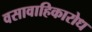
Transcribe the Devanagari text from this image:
वसावाहिकारोध